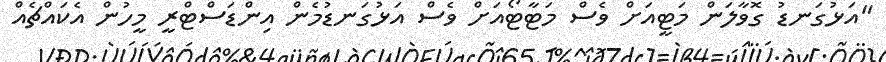
"އަޅުގަނޑު ގޮވާލަން މަޓީއަށް ވެސް މަޓާޓޯއަށް ވެސް އަޅުގަނޑުމެން އިންޑަސްޓްރީ މީހުން އެކައްޗެއް